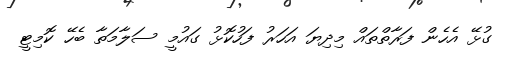
ގުޅޭ އެހެން ފަރާތްތައް މިދިޔަ އަހަރު ފަހުކޮޅު ގައުމީ ސަލާމަތާ ބެހޭ ކޮމިޓީ